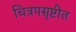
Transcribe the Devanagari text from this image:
चित्रपसृष्टीत